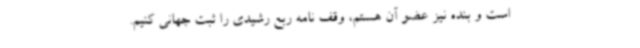
است و بنده نیز عضو آن هستم، وقف نامه ربع رشیدی را ثبت جهانی کنیم.